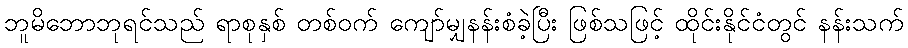
ဘူမိဘောဘုရင်သည် ရာစုနှစ် တစ်ဝက် ကျော်မျှနန်းစံခဲ့ပြီး ဖြစ်သဖြင့် ထိုင်းနိုင်ငံတွင် နန်းသက်